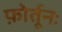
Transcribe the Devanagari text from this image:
फ़ोर्तूनः